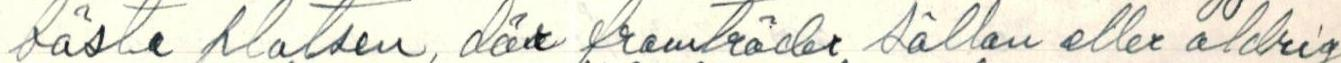
bästa platsen, där framträder sällan eller aldrig